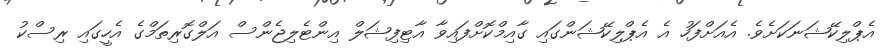
އެޕްލިކޭޝަނަކަށެވެ. އެއަށްފަހު އެ އެޕްލިކޭޝަންގައި ގާއިމްކޮށްފައިވާ އާޓިފިޝަލް އިންޓެލިޖެންސް އަލްގޮރިތަމްގެ އެހީގައި ރިސްކު